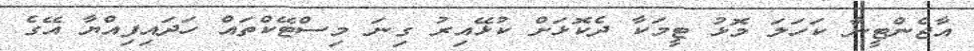
އާޖެންޓީނާ ކަހަލަ މޮޅު ޓީމަކާ ދެކޮޅަށް ކުޅޭއިރު ގިނަ މިސްޓޭކްތައް ހަދައިފިއްޔާ އޭގެ